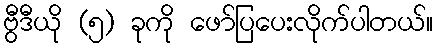
ဗွီဒီယို (၅) ခုကို ဖော်ပြပေးလိုက်ပါတယ်။